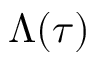
\Lambda ( \tau )